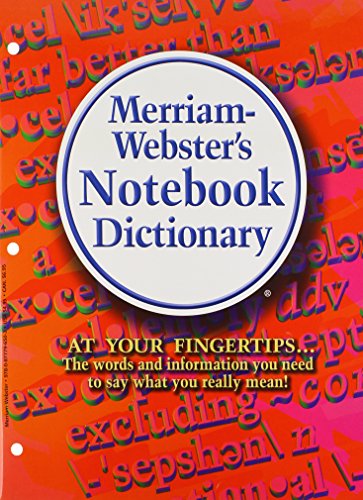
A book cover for Merriam-Webster's Notebook Value Pack: Dictionary, Thesaurus, Spanish-english Dictionary; Merriam-Webster; Reference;